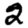
Digit: 2